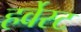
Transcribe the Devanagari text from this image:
हर्वेस्ट